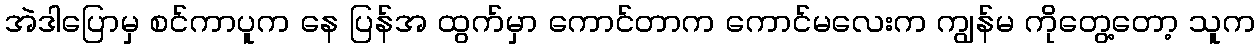
အဲဒါပြောမှ စင်ကာပူက နေ ပြန်အ ထွက်မှာ ကောင်တာက ကောင်မလေးက ကျွန်မ ကိုတွေ့တော့ သူက